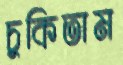
চুকিতাম